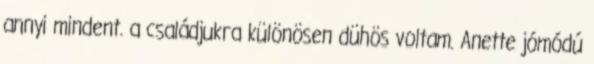
annyi mindent. a családjukra különösen dühös voltam. Anette jómódú